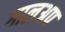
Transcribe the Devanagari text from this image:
गालअप